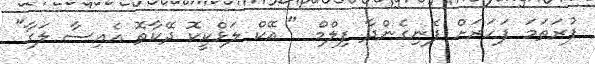
ފުރަތަމަ ފަހަރަށް ފެނިގެންދާ ފިލްމް " އޭކް ލަޅްކީކޮ ދޭކާތޮ އެއިސާ ލަގާ"